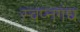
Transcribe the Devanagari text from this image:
स्वप्नगंध